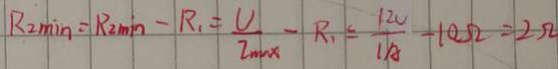
R _ { 2 \min } = R _ { 2 \min } - R _ { 1 } = \frac { U } { I _ { m x } } - R _ { 1 } = \frac { 1 2 0 } { 1 A } - 1 0 \Omega = 2 \Omega